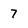
Character: 7